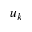
u _ { k }